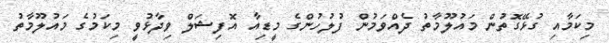
މިކަމާއި ގުޅޭގޮތުން މައުލޫމާތު ދެއްވަމުން ފުލުހުންގެ މީޑިއާ އޮފިޝަލް ވިދާޅުވީ މިކަމުގެ މައުލޫމާތު